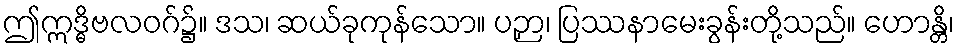
ဤဣဒ္ဓိဗလဝဂ်၌။ ဒသ၊ ဆယ်ခုကုန်သော။ ပဉှာ၊ ပြဿနာမေးခွန်းတို့သည်။ ဟောန္တိ၊